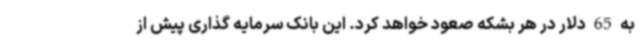
به 65 دلار در هر بشکه صعود خواهد کرد. این بانک سرمایه گذاری پیش از